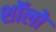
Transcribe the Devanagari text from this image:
शॉलो